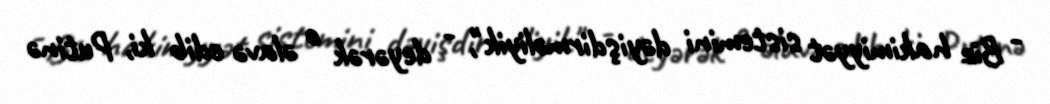
- Biz hakimiyyət sistemini dəyişdirməliyik", - deyərək o əlavə edib ki, Putinə